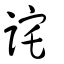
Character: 詫